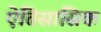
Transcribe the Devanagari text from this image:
ऐतिसासिक